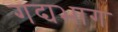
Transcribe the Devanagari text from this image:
गद्यभाग